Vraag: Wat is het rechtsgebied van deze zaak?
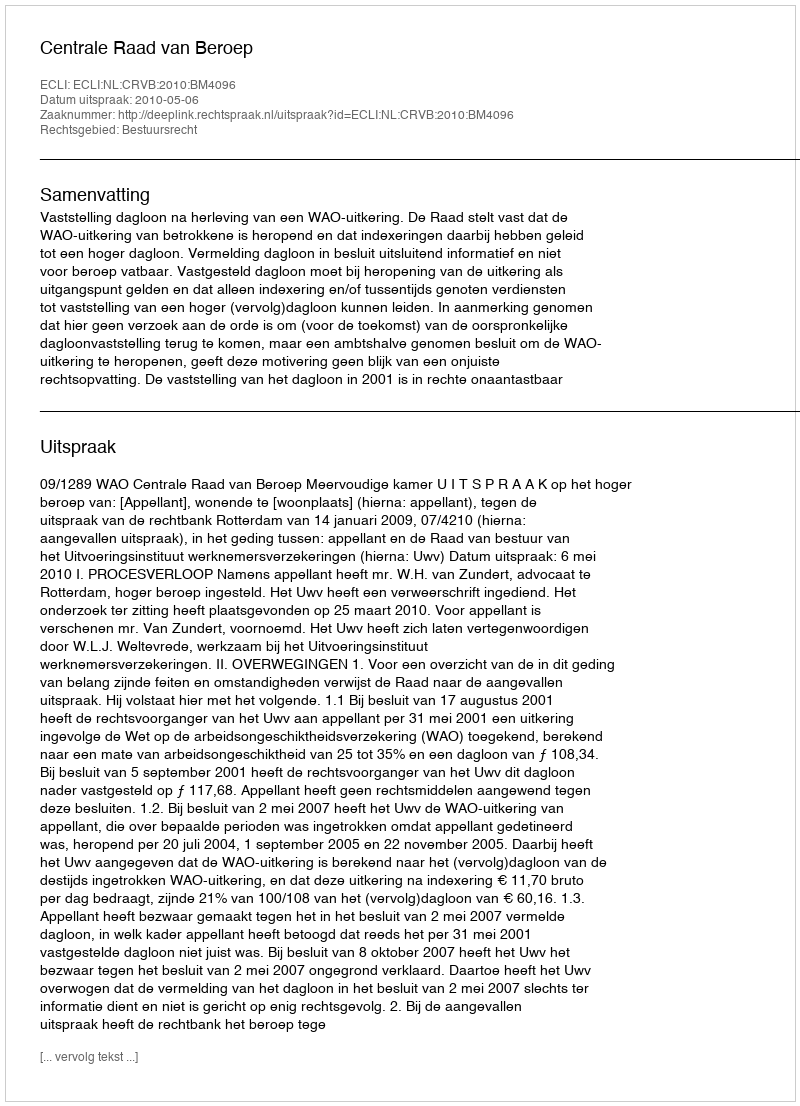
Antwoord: Bestuursrecht